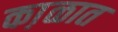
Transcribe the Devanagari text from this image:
का़ळात